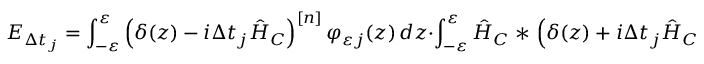
E _ { \Delta t _ { j } } = \int _ { - \varepsilon } ^ { \varepsilon } \left( \delta ( z ) - i \Delta t _ { j } \hat { H } _ { C } \right) ^ { [ n ] } \varphi _ { \varepsilon j } ( z ) \mathop { } \! { d { z } } \cdot \int _ { - \varepsilon } ^ { \varepsilon } \hat { H } _ { C } \mathrel { \ast } \left( \delta ( z ) + i \Delta t _ { j } \hat { H } _ { C } \right) ^ { [ n ] } \varphi _ { \varepsilon j } ( z ) \mathop { } \! { d { z } } .